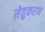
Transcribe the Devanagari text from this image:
सेतुकरण